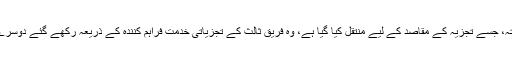
آپ کے براؤزر کا آئی پی پتہ، جسے تجزیہ کے مقاصد کے لیے منتقل کیا گيا ہے، وہ فریق ثالث کے تجزیاتی خدمت فراہم کنندہ کے ذریعہ رکھے گئے دوسرے ڈیٹا سے وابستہ نہیں ہوگا۔